Lunatic asylums in Bengal annual reports 1899-1911 - 1899-1911
Year: 1899
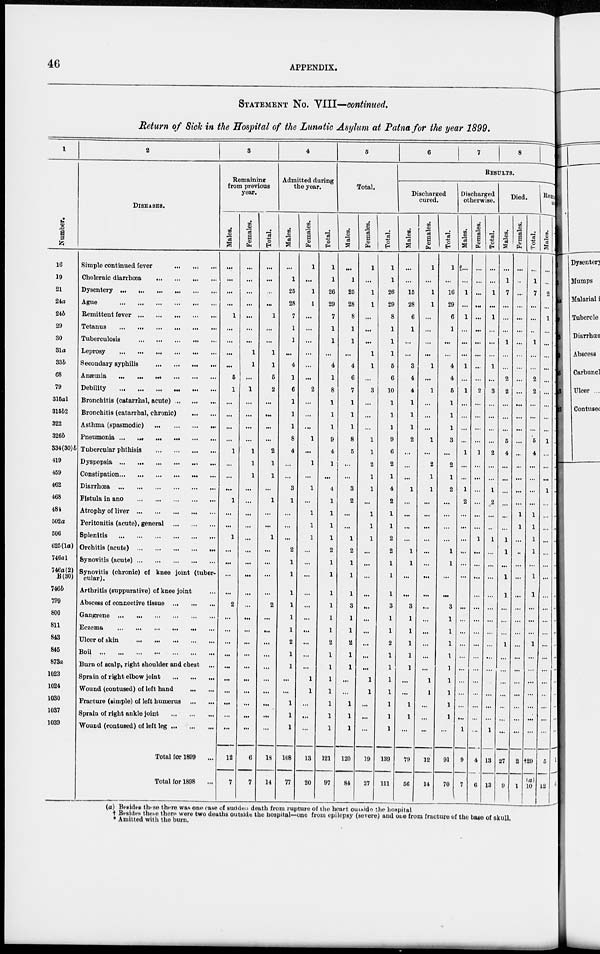
46
APPENDIX.
STATEMENT No. VIII—continued.
Return of Sick in the Hospital of the Lunatic Asylum at Patna for the year 1899.
1
Number.
16
19
21
24a
24b
29
30
31a
33b
68
79
315a1
315b2
322
326b
334(30)b
419
459
462
468
484
502a
506
625(1a)
746ol
746a(2)
B(30)
746b
799
800
811
843
845
873a
1023
1024
1030
1037
1039
2
DISEASES.
Simple continued fever ... ... ...
Choleraic diarrhœa ... ... ... ...
Dysentery ... ... ... ... ... ...
Ague ... ... ... ... ... ...
Remittent fever ... ... ... ... ... ...
Tetanus ... ... ... ... ... ...
Tuberculosis ... ... ... ... ... ...
Leprosy ... ... ... ... ... ...
Secondary syphilis ... ... ... ...
Anæmia ... ... ... ... ... ...
Debility ... ... ... ... ... ...
Bronchitis (catarrhal, acute) ... ...
Bronchitis (catarrhal, chronic) ... ...
Asthma (spasmodic) ... ... ... ...
Pneumonia ... ... ... ...
Tubercular phthisis ... ... ... ...
Dyspepsia ... ... ... ...
Constipation ... ... ... ...
Diarrhœa ... ... ... ... ... ...
Fistula in ano ... ... ... ...
Atrophy of liver ... ... ... ... ...
Peritonitis (acute), general ... ... ... ...
Splenitis ... ... ... ... ... ...
Orchitis (acute) ... ... ... ... ... ...
Synovitis (acute) ... ... ... ... ... ...
Synovitis (chronic) of knee joint (tuber-
cular).
Arthritis (suppurative) of knee joint ...
Abscess of connective tissue ... ...
Gangrene ... ... ... ... ... ...
Eczema ... ... ... ... ... ...
Ulcer of skin ... ... ... ... ... ...
Boil ... ... ... ... ... ...
Burn of scalp, right shoulder and chest ...
Sprain of right elbow joint ... ... ... ...
Wound (contused) of left hand ... ... ...
Fracture (simple) of left humerus ... ... ...
Sprain of right ankle joint ... ... ... ...
Wound (contused) of left leg ... ... ...
Total for 1899 ...
Total for 1898 ...
3
Remaining
from previous
year.
Males.
...
...
...
...
1
...
...
...
...
5
1
...
...
...
...
1
...
...
...
1
...
...
1
...
...
...
...
2
...
...
...
...
...
...
...
...
...
...
12
7
Females.
...
...
...
...
...
...
...
1
1
...
1
...
...
...
...
1
1
1
...
...
...
...
...
...
...
...
...
...
...
...
...
...
...
...
...
...
...
...
6
7
Total.
...
...
...
...
1
...
...
1
1
5
2
...
...
...
...
2
1
1
...
1
...
...
1
...
...
...
...
2
...
...
...
...
...
...
...
...
...
...
18
14
4
Admitted during
the year.
Males.
...
1
25
28
7
1
1
...
4
1
6
1
1
1
8
4
...
...
3
1
...
...
...
2
1
1
1
1
1
1
2
1
1
...
...
1
1
1
108
77
Females.
1
...
1
1
...
...
...
...
...
...
2
...
...
...
1
...
1
...
1
...
1
1
1
...
...
...
...
...
...
...
...
...
...
1
1
...
...
...
13
20
Total.
1
1
26
29
7
1
1
...
4
1
8
1
1
1
9
4
1
...
4
1
1
1
1
2
1
1
1
1
1
1
2
1
1
1
1
1
1
1
121
97
5
Total.
Males.
...
1
25
28
8
1
1
...
4
6
7
1
1
1
8
5
...
...
3
2
...
...
1
2
1
1
1
3
1
1
2
1
1
...
...
1
1
1
120
84
Females.
1
...
1
1
...
...
...
1
1
...
3
...
...
...
1
1
2
1
1
...
1
1
1
...
...
...
...
...
...
...
...
...
...
1
1
...
...
...
19
27
Total.
1
1
26
29
8
1
1
1
5
6
10
1
1
1
9
6
2
1
4
2
1
1
1
2
1
1
1
3
1
1
2
1
1
1
1
1
1
1
139
111
6
7
8
9
RESULTS.
Discharged
cured.
Males.
...
...
15
28
6
1
...
...
3
4
4
1
1
1
2
.:.
...
...
1
...
...
...
...
1
1
...
...
3
1
1
1
1
1
...
...
1
1
...
79
56
Females.
1
...
1
1
...
...
...
...
1
...
1
...
...
...
1
...
2
1
1
...
...
...
...
...
...
...
...
...
...
...
...
...
...
1
1
...
...
...
12
14
Total.
1
...
16
29
6
1
...
...
4
4
5
1
1
1
3
...
2
1
2
...
...
...
...
1
1
...
...
3
1
1
1
1
1
1
1
1
1
...
91
70
Discharged
otherwise.
Males.
...
...
1
...
1
...
...
...
1
...
1
...
...
...
...
1
...
...
1
2
...
...
...
...
...
...
...
...
...
...
...
...
...
...
...
...
...
1
9
7
Females.
...
...
...
...
...
...
...
...
...
...
2
...
...
...
...
1
...
...
...
...
...
...
1
...
...
...
...
...
...
...
...
...
...
...
...
...
...
...
4
6
Total.
...
...
1
...
1
...
...
...
1
...
3
...
...
...
...
2
...
...
1
2
...
...
1
...
...
...
...
...
...
...
...
...
...
...
...
...
...
1
13
13
Died.
Males.
...
1
7
...
...
...
1
...
...
2
2
...
...
...
5
4
...
...
...
...
...
...
1
1
...
1
1
...
...
...
1
...
...
...
...
..
...
...
27
9
Females.
...
...
...
...
...
...
...
...
...
...
...
...
...
...
...
...
...
...
....
...
1
1
...
...
...
...
...
...
...
...
...
...
...
...
...
...
...
...
2
1
Total.
...
1
7
...
...
...
1
...
...
2
2
...
...
...
5
4
...
...
...
...
1
1
1
1
...
1
1
...
...
...
1
...
...
...
...
...
...
...
†29
(a)
10
Remaining
sick.
Males.
...
...
2
...
1
...
...
...
...
...
...
...
...
...
1
...
...
...
1
...
...
...
...
...
...
...
...
...
...
...
...
...
...
...
...
...
...
...
5
12
(a) Besides these there was one case of sudden death from rupture of the heart outside the hospital
† Besides these these were two deaths outside the hospital—one from epilepsy (severe) and one from fracture of the base of skull.
* Amitted with the burn.